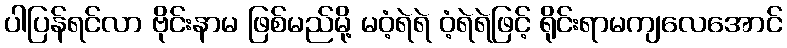
ပါပြန်ရင်လာ ဗိုင်းနာမ ဖြစ်မည်မို့ မဝံ့ရဲရဲ ဝံ့ရဲရဲဖြင့် ရိုင်းရာမကျလေအောင်